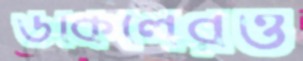
উকিলেরও